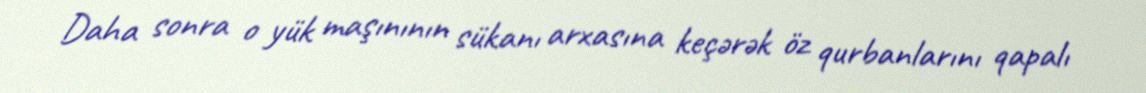
Daha sonra o yük maşınının sükanı arxasına keçərək öz qurbanlarını qapalı